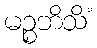
မဉ္စဘိသိံ